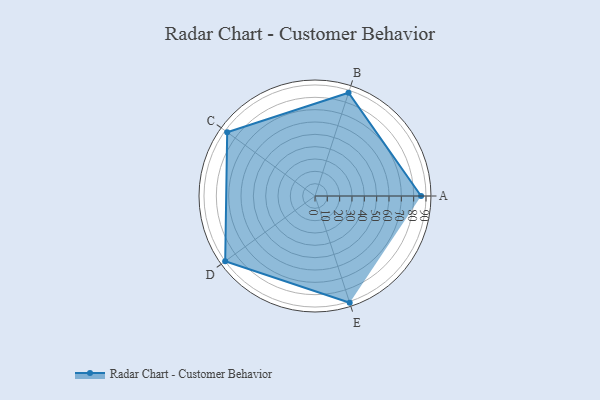
{"axis": {"x": "Skill", "y": "Score"}, "legend": ["Profile"], "data": [{"x": "A", "y": 86.0, "type": "Profile"}, {"x": "B", "y": 88.0, "type": "Profile"}, {"x": "C", "y": 88.0, "type": "Profile"}, {"x": "D", "y": 90.0, "type": "Profile"}, {"x": "E", "y": 91.0, "type": "Profile"}]}